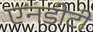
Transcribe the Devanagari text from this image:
एनडीटी